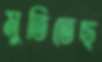
মুতিতেছ